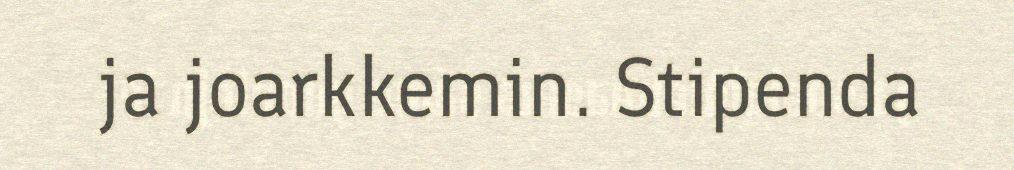
ja joarkkemin. Stipenda